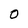
Character: 0